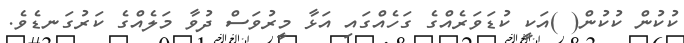
ކުކުން ކުކުން( )އަކީ ކުޑަވަރެއްގެ ގަހެއްގައި އަޅާ މީރުވަސް ދުވާ މަލެއްގެ ކަރުގަނޑެވެ.